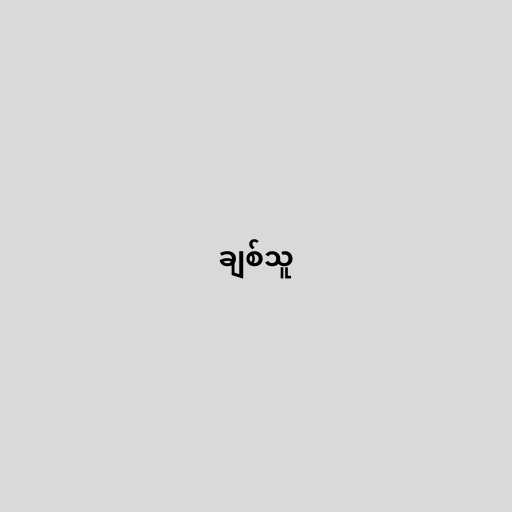
ချစ်သူ